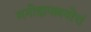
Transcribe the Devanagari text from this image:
मनोज्ञपल्लवोत्तं